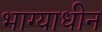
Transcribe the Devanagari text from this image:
भाग्याधीन